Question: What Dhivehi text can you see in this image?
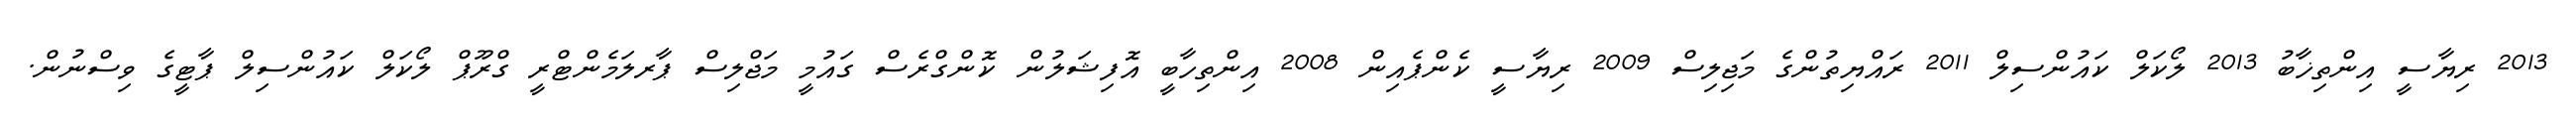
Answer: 2013 ރިޔާސީ އިންތިޚާބު 2013 ލޯކަލް ކައުންސިލް 2011 ރައްޔިތުންގެ މަޖިލިސް 2009 ރިޔާސީ ކެންޕެއިން 2008 އިންތިހާބީ އޮފިޝަލުން ކޮންގްރެސް ގައުމީ މަޖްލިސް ޕާރލަމެންޓްރީ ގްރޫޕް ލޯކަލް ކައުންސިލް ޕާޓީގެ ވިސްނުން.